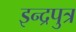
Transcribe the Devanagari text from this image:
इन्द्रपुत्र